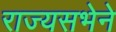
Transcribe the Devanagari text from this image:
राज्यसभेने